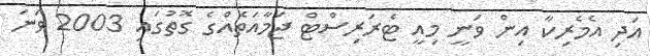
އަދި އެމެރިކާ އިން ވަނީ މިއީ ޓެރަރިސްޓް ޖަމާއަތެއްގެ ގޮތުގައި 2003 ވަނަ